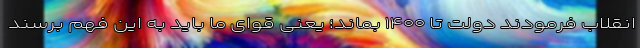
انقلاب فرمودند دولت تا ۱۴۰۰ بماند؛ یعنی قوای ما باید به این فهم برسند